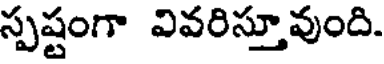
స్పష్టంగా వివరిస్తూవుంది.